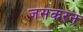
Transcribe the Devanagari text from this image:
जसकरन